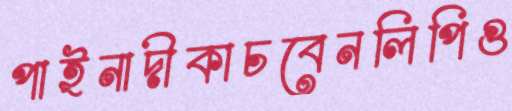
পাইনাদীকাচবেনলিপিগু